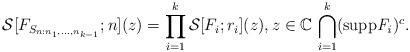
LaTeX: \begin{align*}\mathcal{S}[F_{S_{n: n_{1},...,n_{k-1}}}; n](z)=\prod_{i=1}^{k}\mathcal{S}[F_{i}; r_i](z),z\in \mathbb{C}{\ }{\bigcap_{i=1}^{k}}(\mbox{supp}\mathit{F_{i}})^{c}.\end{align*}